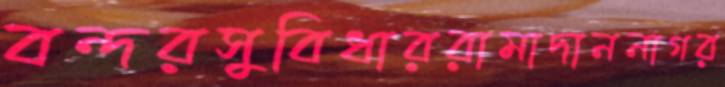
বন্দরসুবিধাররামাদাননাগর